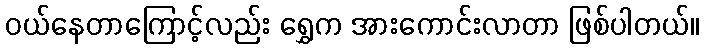
ဝယ်နေတာကြောင့်လည်း ရွှေက အားကောင်းလာတာ ဖြစ်ပါတယ်။